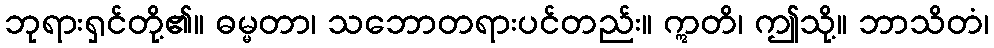
ဘုရားရှင်တို့၏။ ဓမ္မတာ၊ သဘောတရားပင်တည်း။ ဣတိ၊ ဤသို့။ ဘာသိတံ၊